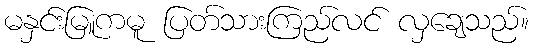
မနှင်းမြူကမူ ပြတ်သားကြည်လင် လှချေသည်။